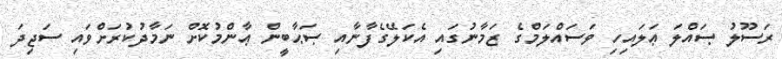
ރަސޫލު ޞައްލަ ޢަލައިހި ވަސައްލަމްގެ ޒަމާނުގައި އެކަލޭގެފާނާއި ޞަޙާބީން ޢާންމުކޮށް ނަމާދުކުރަށްވައި ސަޖިދަ